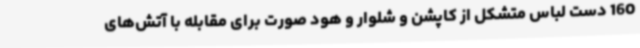
160 دست لباس متشکل از کاپشن و شلوار و هود صورت برای مقابله با آتش‌های